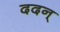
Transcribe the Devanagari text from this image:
ददन्